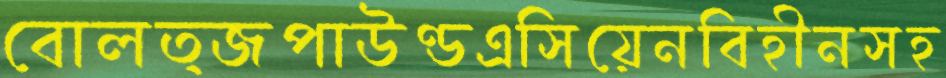
বোলত্জপাউণ্ডএসিয়েনবিহীনসহ